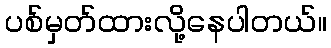
ပစ်မှတ်ထားလို့နေပါတယ်။